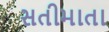
સતીમાતા